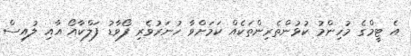
އެ ޓީމްގެ މުހިންމު ކުޅުންތެރިންތަކެއް ކަމަށްވާ ހުނަރުވެރި ފޯވާޑު ފަލްކާއޯ އާއި ލުއިސް